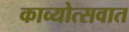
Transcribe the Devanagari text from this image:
काव्योत्सवात